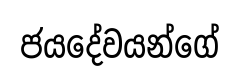
ජයදේවයන්ගේ